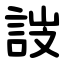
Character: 詜